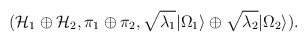
\begin{align*}({\cal H}_1 \oplus {\cal H}_2,\pi_1 \oplus\pi_2,\sqrt{\lambda_1}|\Omega_1\rangle \oplus\sqrt{\lambda_2}|\Omega_2\rangle ).\end{align*}